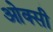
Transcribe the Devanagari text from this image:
ओक्सी